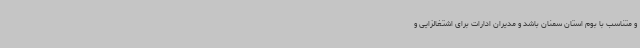
و متناسب با بوم استان سمنان باشد و مدیران ادارات برای اشتغالزایی و